Code of medical and sanitary regulations for the guidance of medical officers serving in the Madras Presidency - Volume I
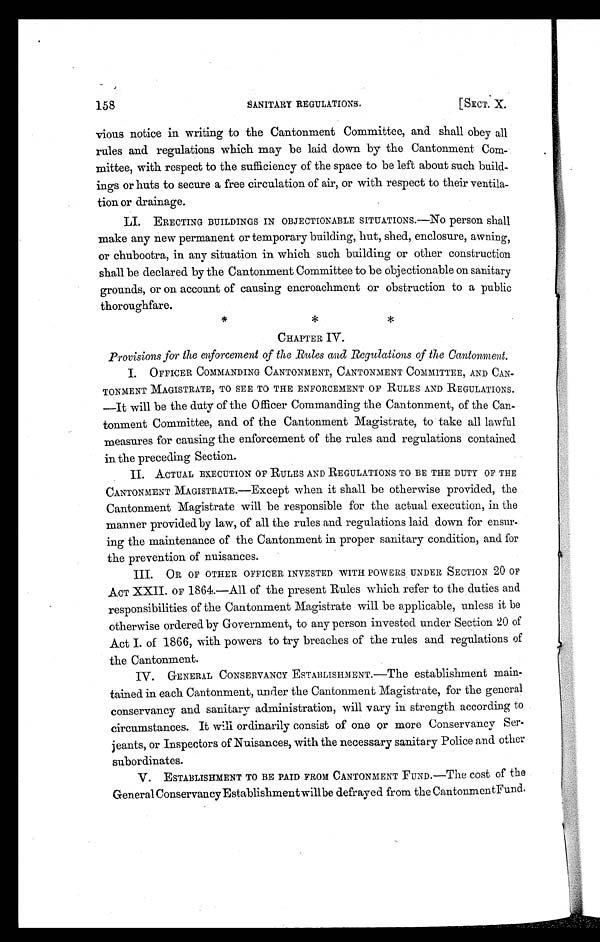
158
SANITARY REGULATIONS.
[SECT. X.
vious notice in writing to the Cantonment Committee, and shall obey all
rules and regulations which may be laid down by the Cantonment Com-
mittee, with respect to the sufficiency of the space to be left about such build-
ings or huts to secure a free circulation of air, or with respect to their ventila-
tion or drainage.
LI. ERECTING BUILDINGS IN OBJECTIONABLE SITUATIONS.—No person shall
make any new permanent or temporary building, hut, shed, enclosure, awning,
or chubootra, in any situation in which such building or other construction
shall be declared by the Cantonment Committee to be objectionable on sanitary
grounds, or on account of causing encroachment or obstruction to a public
thoroughfare.
* * *
CHAPTER IV.
Provisions for the enforcement of the Rules and Regulations of the Cantonment.
I. OFFICER COMMANDING CANTONMENT, CANTONMENT COMMITTEE, AND CAN-
TONMENT MAGISTRATE, TO SEE TO THE ENFORCEMENT OF RULES AND REGULATIONS
.—It will be the duty of the Officer Commanding the Cantonment, of the Can-
tonment Committee, and of the Cantonment Magistrate, to take all lawful
measures for causing the enforcement of the rules and regulations contained
in the preceding Section.
II. ACTUAL EXECUTION OF RULES AND REGULATIONS TO BE THE DUTY OF THE
CANTONMENT MAGISTRATE.—Except when it shall be otherwise provided, the
Cantonment Magistrate will be responsible for the actual execution, in the
manner provided by law, of all the rules and regulations laid down for ensur-
ing the maintenance of the Cantonment in proper sanitary condition, and for
the prevention of nuisances.
III. OR OF OTHER OFFICER INVESTED WITH POWERS UNDER SECTION 20 OF
ACT XXII. OF 1864.—All of the present Rules which refer to the duties and
responsibilities of the Cantonment Magistrate will be applicable, unless it be
otherwise ordered by Government, to any person invested under Section 20 of
Act I. of 1866, with powers to try breaches of the rules and regulations of
the Cantonment.
IV. GENERAL CONSERVANCY ESTABLISHMENT.—The establishment main-
tained in each Cantonment, under the Cantonment Magistrate, for the general
conservancy and sanitary administration, will vary in strength according to
circumstances. It will ordinarily consist of one or more Conservancy Ser-
jeants, or Inspectors of Nuisances, with the necessary sanitary Police and other
subordinates.
V. ESTABLISHMENT TO BE PAID FROM CANTONMENT FUND.—The cost of the
General Conservancy Establishment will be defrayed from the Cantonment Fund.